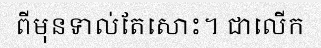
ពីមុនទាល់តែសោះ។ ជាលើក